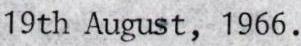
19th August, 1966.